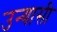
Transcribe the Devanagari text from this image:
उन्यासी